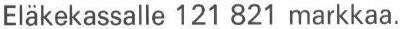
Eläkekassalle 121 821 markkaa.